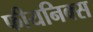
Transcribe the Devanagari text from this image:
फीयनिक्स